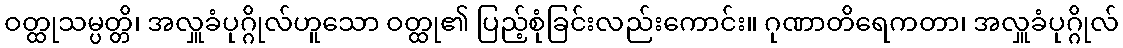
ဝတ္ထုသမ္ပတ္တိ၊ အလှူခံပုဂ္ဂိုလ်ဟူသော ဝတ္ထု၏ ပြည့်စုံခြင်းလည်းကောင်း။ ဂုဏာတိရေကတာ၊ အလှူခံပုဂ္ဂိုလ်